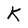
Character: K